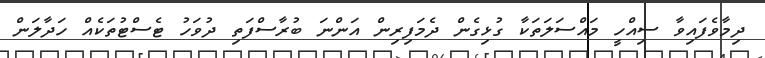
ދިމާވެފައިވާ ސިއްހީ މައްސަލަތަކާ ގުޅިގެން ދެމަފިރިން އަންނަ ބުރާސްފަތި ދުވަހު ޓެސްޓުތަކެއް ހަދާލަން